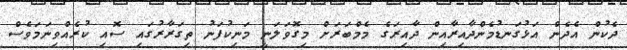
ދެކުން އެދެން އަޅުގަނޑުމެންދާއިރާއިން ދާއިރަގެ މެމްބަރަށް މިގޮވަލަނީ މަނިކުފަނު ތިގަރާރުގައި ސޮއި ކުރެއްވިނަމަވެސް